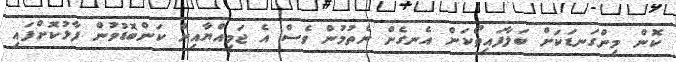
ކޮން މިންގަނޑަކަށް ބަލާފައިތޯކަން އެނގެން ނެތުމުން ވެސް އެ ޖަމިއްޔާއިން ކަންބޮޑުވުން ފާޅުކޮށްފައި